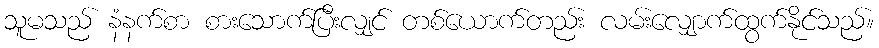
သူမသည် နံနက်စာ စားသောက်ပြီးလျှင် တစ်ယောက်တည်း လမ်းလျှောက်ထွက်နိုင်သည်။